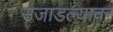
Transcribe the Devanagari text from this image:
उजाडल्यावर